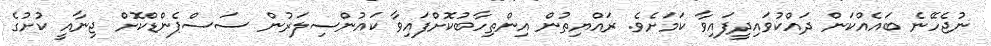
ނުޖެހޭނެ ބައެއްކަން ދައްކުވައިދީފައިވާ ކަމަށެވެ. ރައްޔިތުން އިންތިހާބުކޮށްފައިވާ ކައުންސިލަރުން ސަސްޕެންޑްކޮށް ޖިނާއީ ކުށުގެ